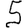
Digit: 5